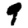
Digit: 9